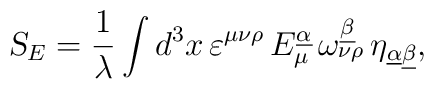
\mbox{\sl S}_{E} = {1\over \lambda} \int d^{3}x \,\varepsilon^{\mu\nu\rho} \, E^{\underline{\alpha}}_{\mu} \,\omega^{\underline{\beta}}_{\nu\rho} \, \eta_{\underline{\alpha}\underline{\beta}},